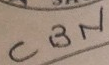
CBN